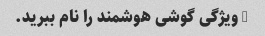
3 ویژگی گوشی هوشمند را نام ببرید.